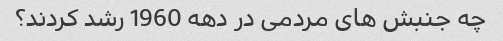
چه جنبش های مردمی در دهه 1960 رشد کردند؟